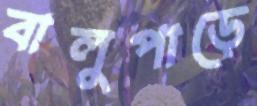
বালুপাড়ে